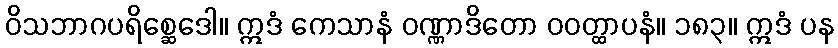
ဝိသဘာဂပရိစ္ဆေဒေါ။ ဣဒံ ကေသာနံ ဝဏ္ဏာဒိတော ဝဝတ္ထာပနံ။ ၁၈၃။ ဣဒံ ပန